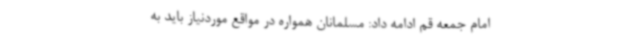
امام جمعه قم ادامه داد: مسلمانان همواره در مواقع موردنیاز باید به